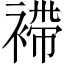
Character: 䙊